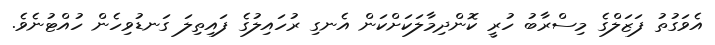
އެވަގުތު ފަޒަލްގެ މިސްރާބު ހުރީ ކޮންދިމާލަކަށްކަން އެނގި ރުހައިލުގެ ފައިތިލަ ގަނޑުވިހެން ހުއްޓުނެވެ.